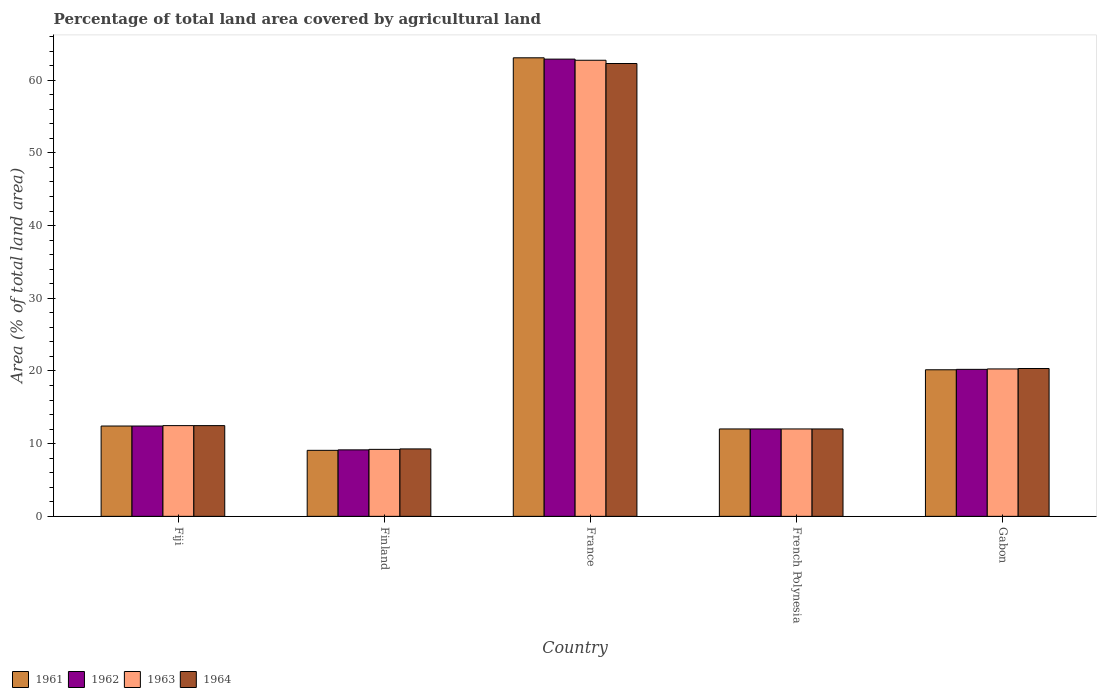
| Country | 1961 | 1962 | 1963 | 1964 |
 | --- | --- | --- | --- | --- |
 | Fiji | 12.4 | 12.4 | 12.5 | 12.5 |
 | Finland | 9.08 | 9.14 | 9.21 | 9.28 |
 | France | 63.1 | 62.9 | 62.7 | 62.3 |
 | French Polynesia | 12 | 12 | 12 | 12 |
 | Gabon | 20.2 | 20.2 | 20.3 | 20.3 |